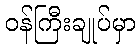
ဝန်ကြီးချုပ်မှာ